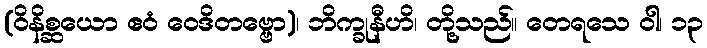
(ဝိနိစ္ဆယော ဧဝံ ဝေဒိတဗ္ဗော)၊ ဘိက္ခုနီဟိ၊ တို့သည်။ တေရသေ ဝါ၊ ၁၃